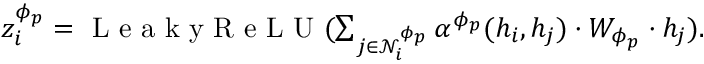
\begin{array} { r } { \begin{array} { r } { z _ { i } ^ { \phi _ { p } } = \mathrm { ~ L ~ e ~ a ~ k ~ y ~ R ~ e ~ L ~ U ~ } ( \sum _ { j \in \mathcal { N } _ { i } ^ { \phi _ { p } } } \alpha ^ { \phi _ { p } } ( h _ { i } , h _ { j } ) \cdot W _ { \phi _ { p } } \cdot h _ { j } ) . } \end{array} } \end{array}